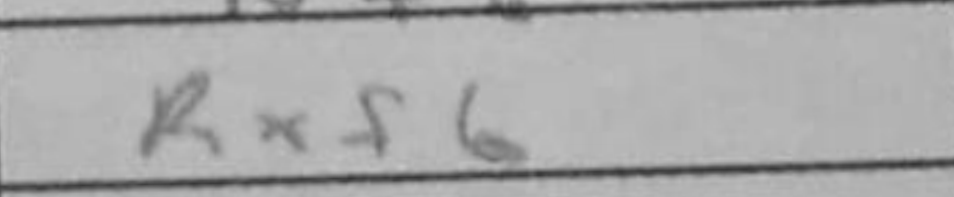
Transcription: Rxf6